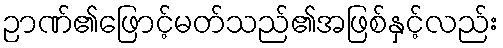
ဉာဏ်၏ဖြောင့်မတ်သည်၏အဖြစ်နှင့်လည်း